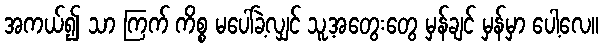
အကယ်၍ သာ ကြက် ကိစ္စ မပေါ်ခဲ့လျှင် သူ့အတွေးတွေ မှန်ချင် မှန်မှာ ပေါ့လေ။